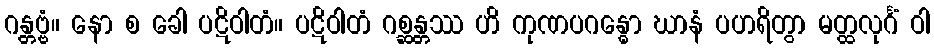
ဂန္တဗ္ဗံ။ နော စ ခေါ ပဋိဝါတံ။ ပဋိဝါတံ ဂစ္ဆန္တဿ ဟိ ကုဏပဂန္ဓော ဃာနံ ပဟရိတွာ မတ္ထလုင်္ဂံ ဝါ